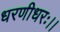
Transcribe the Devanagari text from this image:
धरणीधरः।।